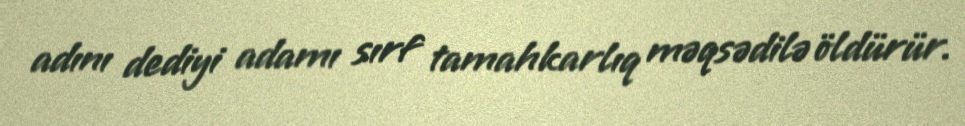
adını dediyi adamı sırf tamahkarlıq məqsədilə öldürür.